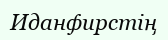
Иданфирстің